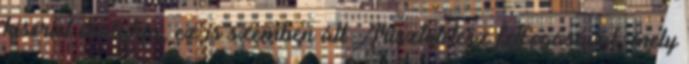
kísérlet ősalakja, ez is szemben áll Arisztotelész felfogásával, mely